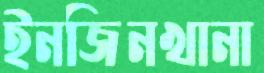
ইনজিনখানা